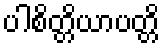
ပါစိတ္တိယာပတ္တိ